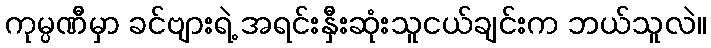
ကုမ္ပဏီမှာ ခင်ဗျားရဲ့ အရင်းနှီးဆုံးသူငယ်ချင်းက ဘယ်သူလဲ။